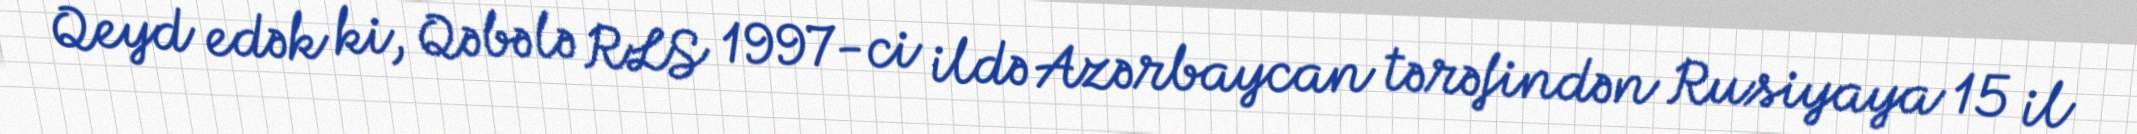
Qeyd edək ki, Qəbələ RLS 1997-ci ildə Azərbaycan tərəfindən Rusiyaya 15 il